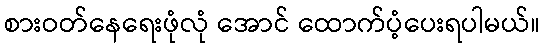
စားဝတ်နေရေးဖုံလုံ အောင် ထောက်ပံ့ပေးရပါမယ်။